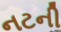
નટની